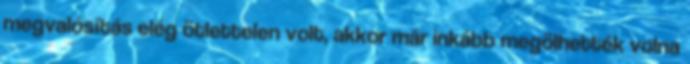
megvalósítás elég ötlettelen volt, akkor már inkább megölhették volna